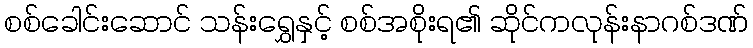
စစ်ခေါင်းဆောင် သန်းရွှေနှင့် စစ်အစိုးရ၏ ဆိုင်ကလုန်းနာဂစ်ဒဏ်